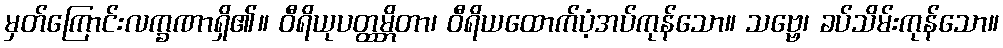
မှတ်ကြောင်းလက္ခဏာရှိ၏။ ဝီရိယုပတ္ထမ္ဘိတာ၊ ဝီရိယထောက်ပံ့အပ်ကုန်သော။ သဗ္ဗေ၊ ခပ်သိမ်းကုန်သော။